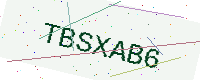
Text: TBSXAB6